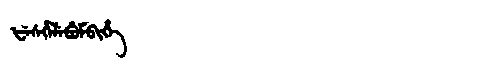
Manchu: ᡶᡝᠰᡥᡝᠯᡝᠪᡠᠮᠪᡳᡥᡝ
Romanization: FESHELEBUMBIHE